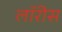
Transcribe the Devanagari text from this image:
लॉरीस